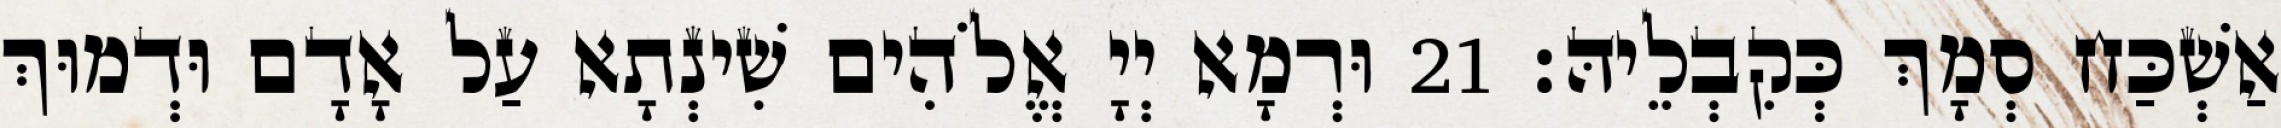
אַשְׁכַּח סְמָךְ כְּקִבְלֵיהּ׃ 21 וּרְמָא יְיָ אֱלֹהִים שִׁינְתָא עַל אָדָם וּדְמוּךְ